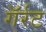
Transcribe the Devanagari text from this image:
गॅर्रट